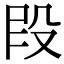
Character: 𫨻